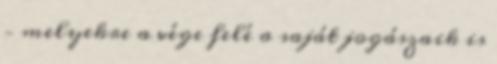
– melyekre a vége felé a saját jogászaik is